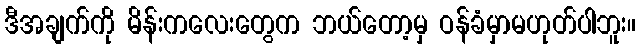
ဒီအချက်ကို မိန်းကလေးတွေက ဘယ်တော့မှ ဝန်ခံမှာမဟုတ်ပါဘူး။